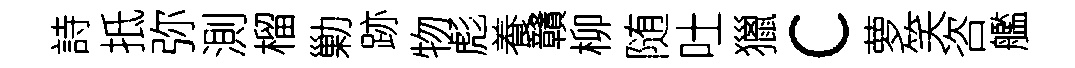
詩抵弥測榴勦跡物彪養贛柳随吐獵c萝笑咨艦